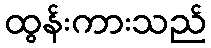
ထွန်းကားသည်